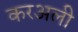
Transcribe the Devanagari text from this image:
करअली